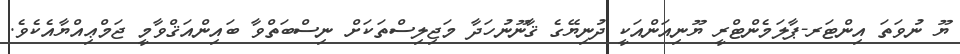
ޔޫ ނުވަތަ އިންޓަރ-ޕާލަމެންޓްރީ ޔޫނިއަންއަކީ ދުނިޔޭގެ ޤާނޫނުހަދާ މަޖިލިސްތަކަށް ނިސްބަތްވާ ބައިންއަޤްވާމީ ޖަމްޢިއްޔާއެކެވެ.